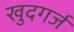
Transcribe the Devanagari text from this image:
खुदगर्ज